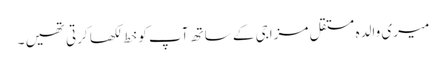
میری والدہ مستقل مزاجی کے ساتھ آپ کو خط لکھا کرتی تھیں ۔